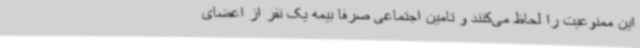
این ممنوعیت را لحاظ می‌کنند و تامین اجتماعی صرفا بیمه یک نفر از اعضای